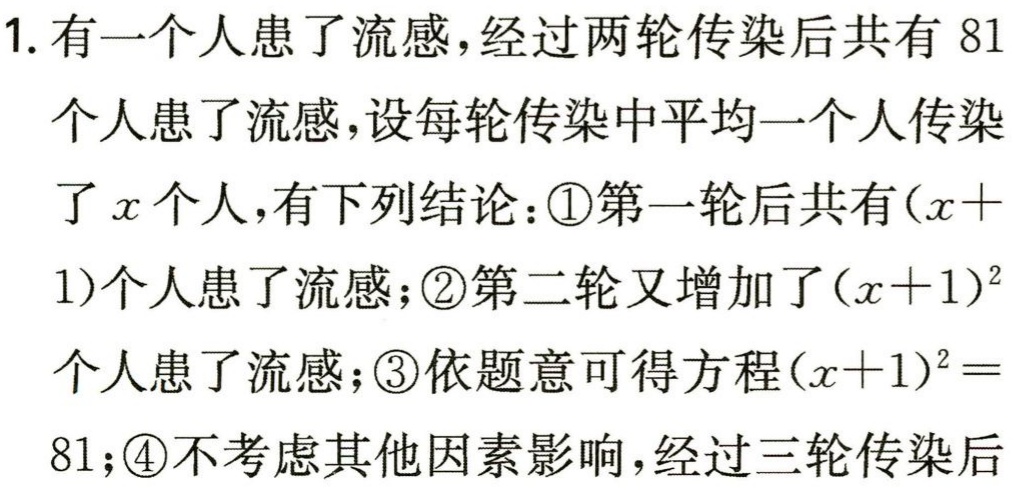
1. 有一个人患了流感，经过两轮传染后共有 81
个人患了流感，设每轮传染中平均一个人传染
了\(x\)个人，有下列结论：\textcircled{1}第一轮后共有\((x +
1)\)个人患了流感；\textcircled{2}第二轮又增加了\((x + 1)^{2}\)
个人患了流感；\textcircled{3}依题意可得方程\((x + 1)^{2}=
81\)；\textcircled{4}不考虑其他因素影响，经过三轮传染后